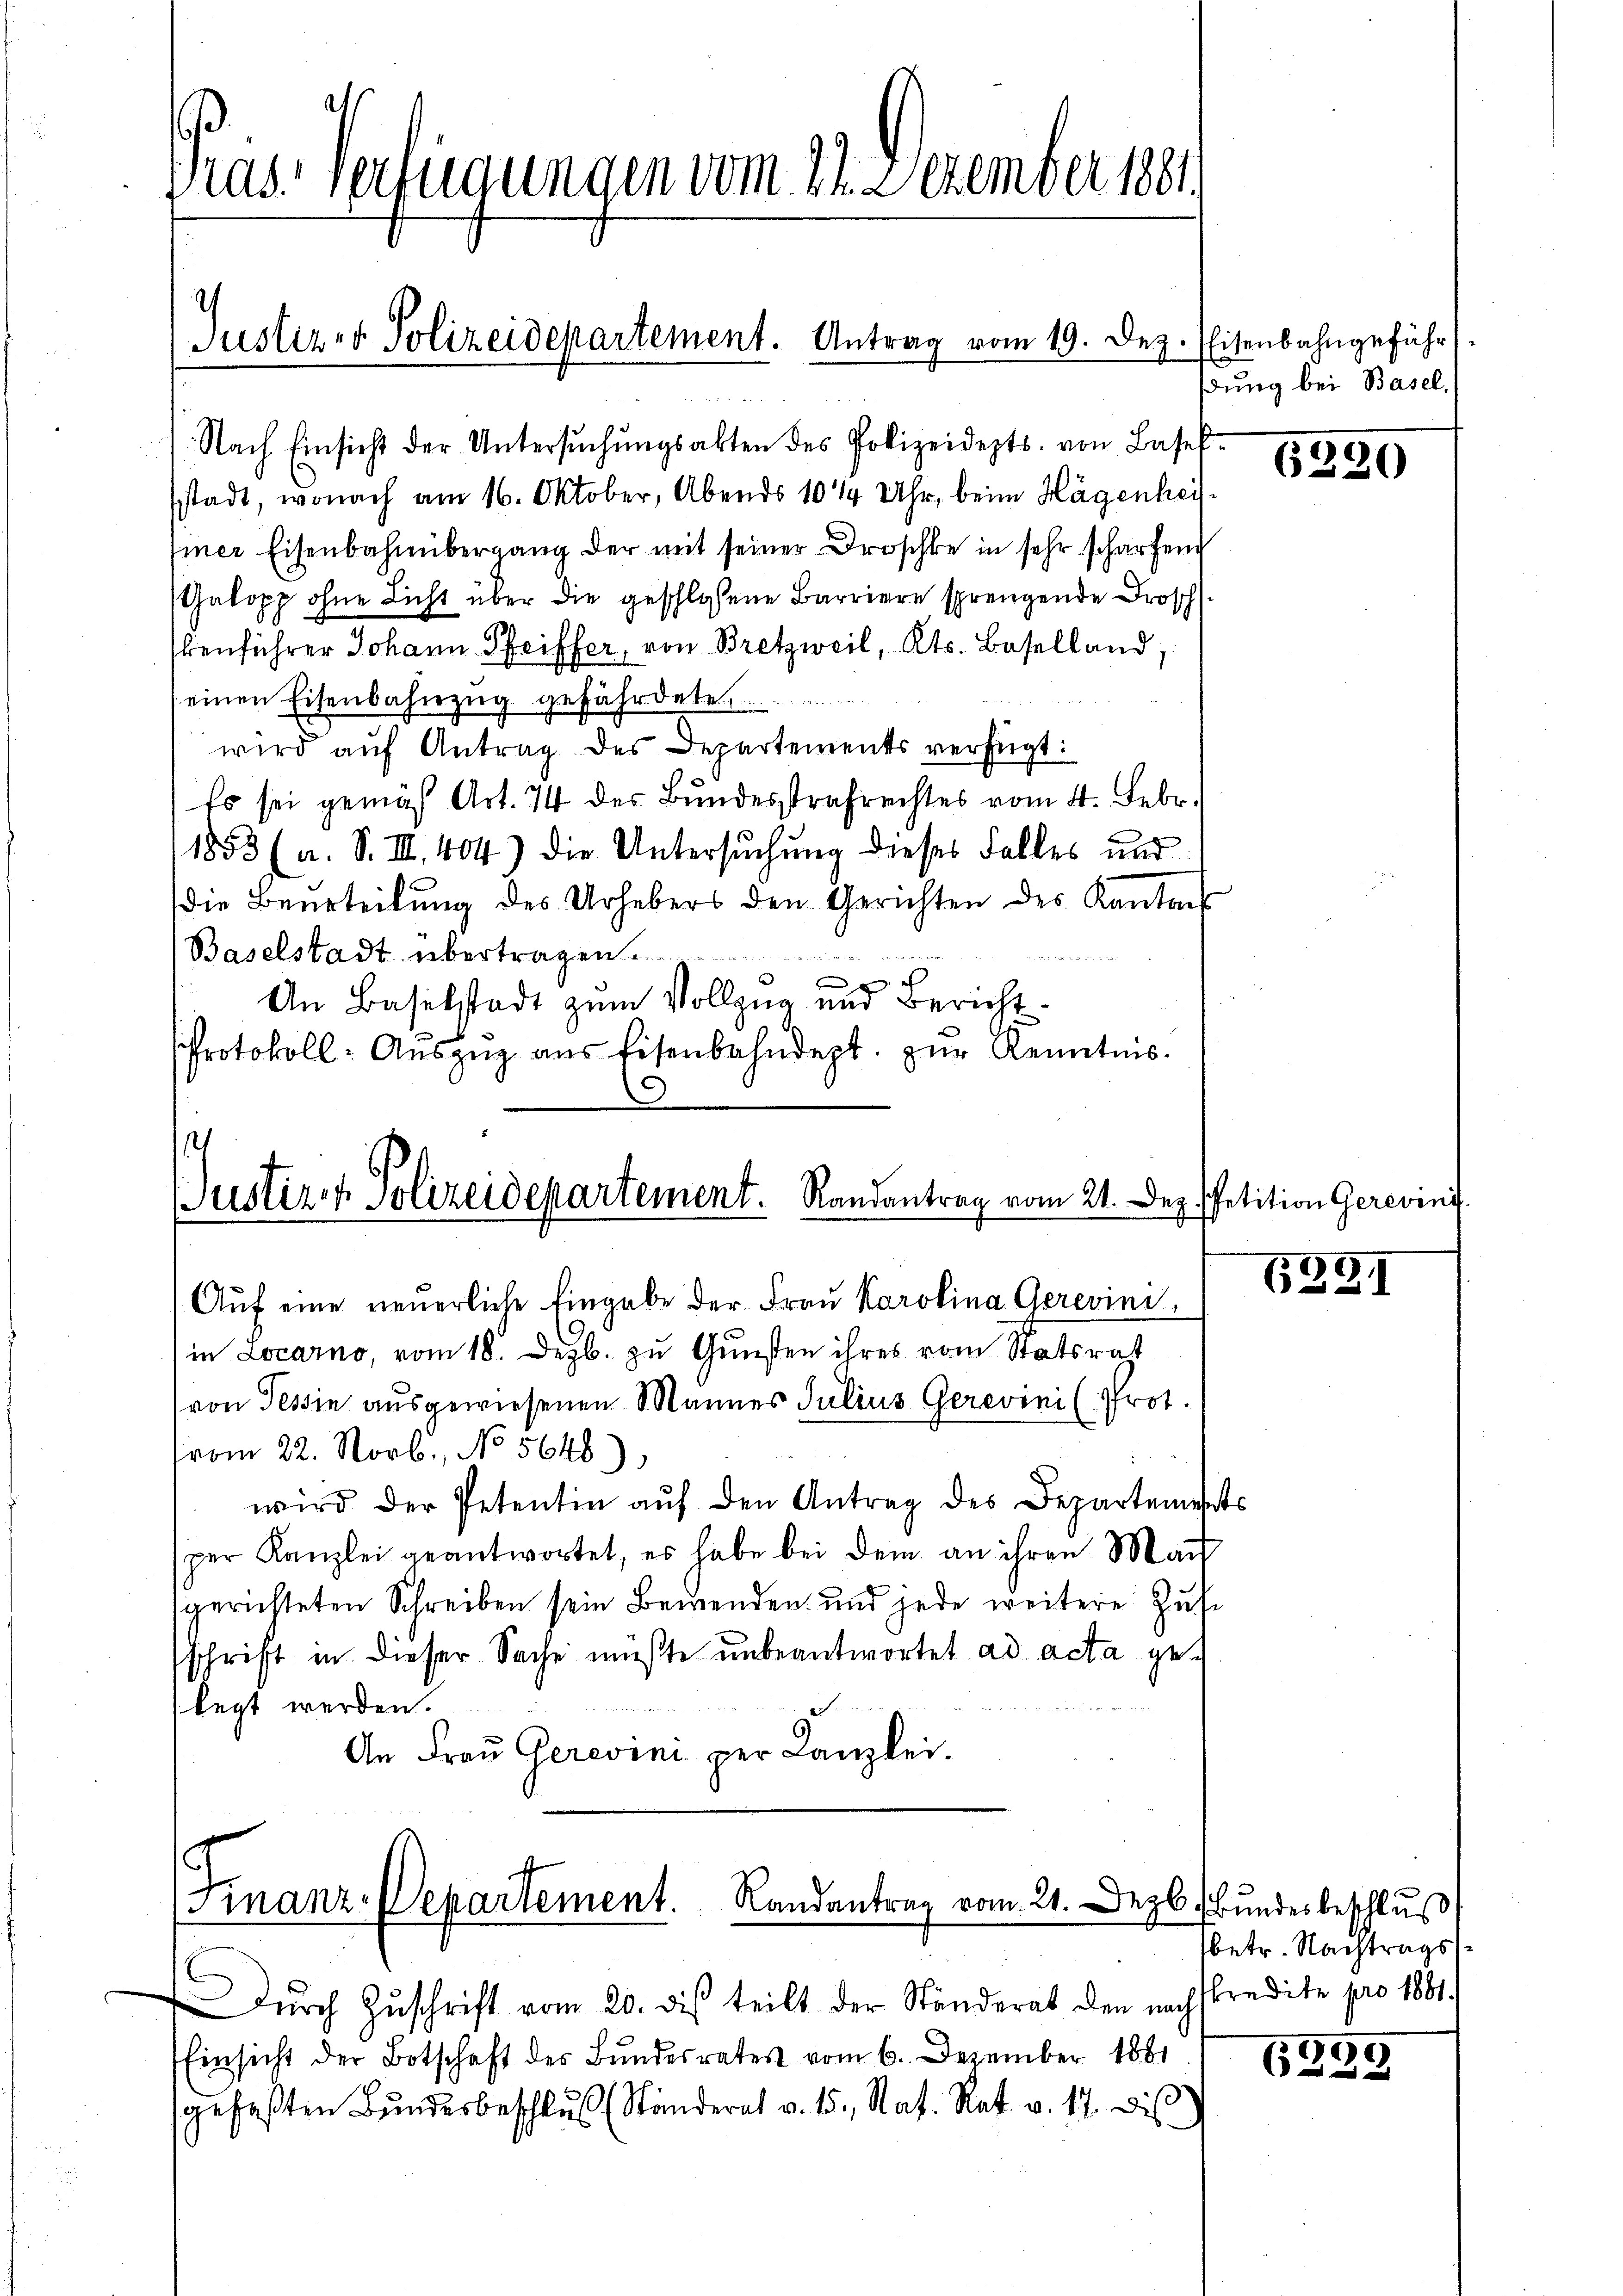
Nach Einsicht der Untersŭchŭngsakten des Polizeidepts. von Basel-
sstadt, wonach am 16. Oktober, Abends 1014 Uhr, beim Hagenhei
Einer Eisenbahnübergang der mit seiner Droschke in sehr scharfend
Galopp ohne Licht über die geschlossene Barriere sprengende Frosch
kenführer Johann Pfeiffer, von Bretzweil, Kts. Baselland,
einen Eisenbahnzug gefährdete
wird aŭf Antrag des Departements verfügt:
Es sei gemäß Art. 74 der Bundesstrafrechtes vom 4. Febr.
1853 (a. S. III. 404) die Untersuchung dieses Falles und
die Beurteilŭng des Urhebers den Gerichten des Kanton

Baselstadt übertragen
0 x
An Baselstadt zum Vollzug und Bericht.
Protokoll- Aŭszŭg aŭs Eisenbahndept. zŭr Kenntnis

Pras Verfügungen vom 22. Dezember 1881.

Justiz- & Polizeidepartement. Antrag vom 19. Dez. Eisenbahngeführ

Justiz & Polizeidepartement. Randantrag vom 21. De
Aŭf eine neuerliche Eingabe der Frau Karolina Gerevini

manz-Departement. Randantrag vom 21. Dez. Bundesbeschluß

ßung bei Basel.

in Locarno, vom 18. Dezb. zu Gunsten ihres vom Statsrat
von Tessin ausgewiesenen Mannes Julius Gerevini (Prot.
vom 22. Novb., No 5648),
wird der Petentin aŭf den Antrag des Departements
per Kanzlei geantwortet, es habe bei dem an ihren Mai
sgerichteten Schreiben sein Bewenden und jede weitere Zufe
sschrift in dieser Sache müßte unbeantwortet ad acta ge¬
 2 des
legt werden.
An Frau Gereini per Kanzlei.

dŭrch Zŭschrift vom 20. des teilt der Ständerat den nachstredite pro 1881.
Einsicht der Botschaft des Bundesrates vom 6. Dezember 1881
sgefaßten Bundesbeschluß (Ständerat v. 15. Nat. Rat. v. 17. Dis

6250

g. Petition Gerevini.

639.

betr. Nachtrags

6359